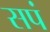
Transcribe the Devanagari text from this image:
सपं